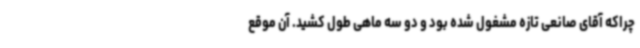
چراکه آقای صانعی تازه مشغول شده بود و دو سه ماهی طول کشید. آن موقع